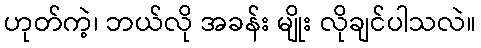
ဟုတ်ကဲ့၊ ဘယ်လို အခန်း မျိုး လိုချင်ပါသလဲ။